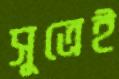
সূত্রেই